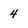
Character: 4